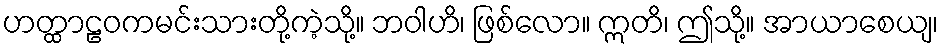
ဟတ္ထာဠဝကမင်းသားတို့ကဲ့သို့။ ဘဝါဟိ၊ ဖြစ်လော။ ဣတိ၊ ဤသို့။ အာယာစေယျ၊